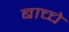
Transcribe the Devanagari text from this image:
बाच्चे